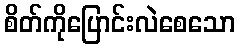
စိတ်ကိုပြောင်းလဲစေသော